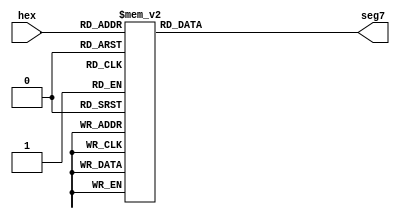
module StateTo7Segment ( //Display the single digit on DE1 board
  input [4:0] hex ,
  output reg [6:0] seg7
   
 ) ;          
  
// When a bit in the output is high, the corresponding LED will be lit.
      always @(* )             //when hex is active
      begin
          seg7 = 7'b0111111;
          case (hex )            //Assign value according to the value of A
			                          //gfedcba
             5'b000000000: seg7 = 7'b1000000; // 0    Seg7
             5'b000000001: seg7 = 7'b1111001; // 1    - a -
             5'b000000010: seg7 = 7'b0100100; // 2   |     |
             5'b000000011: seg7 = 7'b0110000; // 3   f     b
             5'b000000100: seg7 = 7'b0011001; // 4   |     |
             5'b000000101: seg7 = 7'b0010010; // 5    - g -
             5'b000000110: seg7 = 7'b0000010; // 6   |     |
             5'b000000111: seg7 = 7'b1111000; // 7   e     c
             5'b000001000: seg7 = 7'b0000000; // 8   |     |
             5'b000001001: seg7 = 7'b1101111; // 9    - d -
			    5'b000001010: seg7 = 7'b1110111; // A
				 5'b000001011: seg7 = 7'b1111100; // b
				 5'b000001100: seg7 = 7'b1011000; // c
				 5'b000001101: seg7 = 7'b1011110; // d
				 5'b000001111: seg7 = 7'b1111001; // E
				 5'b000010000: seg7 = 7'b1110001; // F
                  default: seg7 = 7'b0111111;
          endcase
      end
		
 endmodule